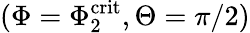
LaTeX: (\Phi=\Phi_{2}^{\mathrm{crit}},\Theta=\pi/2)